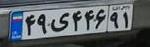
۴۹ی۴۴۶۹۱